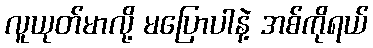
လူယုတ်မာလို့ မပြောပါနဲ့ အစ်ကိုရယ်